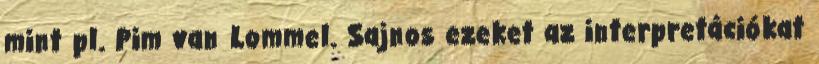
mint pl. Pim van Lommel. Sajnos ezeket az interpretációkat